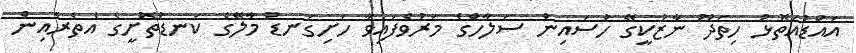
އައްޑުއަތޮޅު ހިތަދޫ ނާޒުކީގޭ ހުސައިން ސަލާހްގެ މަރުވެފައިވާ ހަށިގަނޑު މާލޭގެ ކަނޑުތޮށީގެ އެތެރެއިން